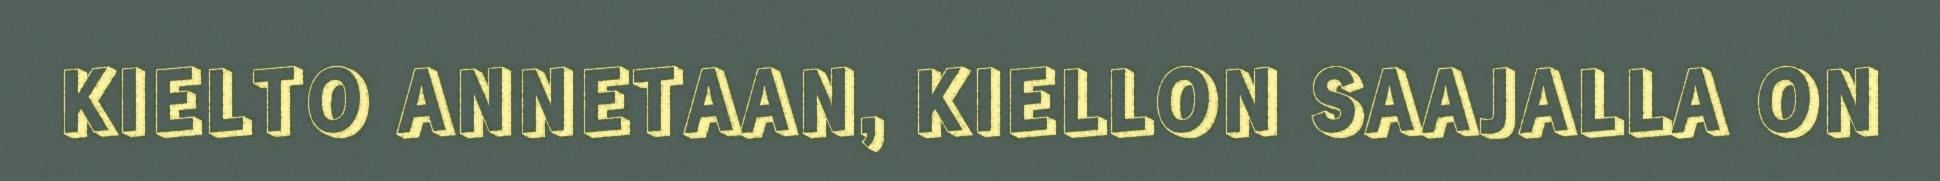
KIELTO ANNETAAN, KIELLON SAAJALLA ON